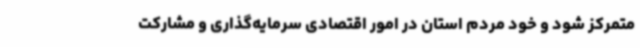
متمرکز شود و خود مردم استان در امور اقتصادی سرمایه‌گذاری و مشارکت